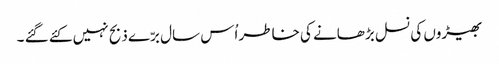
بھیڑوں کی نسل بڑھانے کی خاطر اُس سال برّے ذبح نہیں کئے گئے ۔